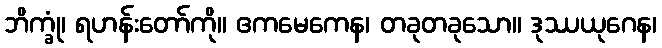
ဘိက္ခုံ၊ ရဟန်းတော်ကို။ ဧကမေကေန၊ တခုတခုသော။ ဒုဿယုဂေန၊